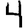
Digit: 4